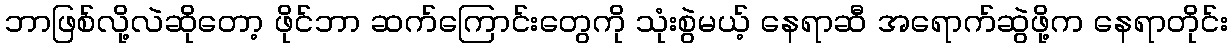
ဘာဖြစ်လို့လဲဆိုတော့ ဖိုင်ဘာ ဆက်ကြောင်းတွေကို သုံးစွဲမယ့် နေရာဆီ အရောက်ဆွဲဖို့က နေရာတိုင်း